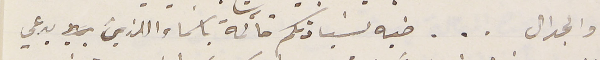
والجدال . . . طيه لسَيادتكم قائمة باسماء اللذين يدعي